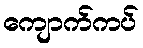
ကျောက်ကပ်